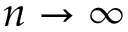
n \rightarrow \infty